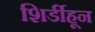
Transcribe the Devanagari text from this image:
शिर्डीहून